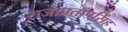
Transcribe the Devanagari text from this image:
राजाप्रतापसिंह